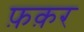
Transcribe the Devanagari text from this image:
फ़क़र